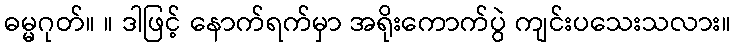
ဓမ္မဂုတ်။ ။ ဒါဖြင့် နောက်ရက်မှာ အရိုးကောက်ပွဲ ကျင်းပသေးသလား။